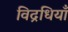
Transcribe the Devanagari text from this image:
विद्रधियाँ